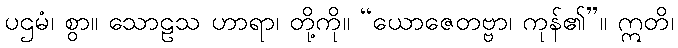
ပဌမံ၊ စွာ။ သောဠသ ဟာရာ၊ တို့ကို။ “ယောဇေတဗ္ဗာ၊ ကုန်၏”။ ဣတိ၊